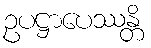
ဥပဋ္ဌာပေဿန္တိ